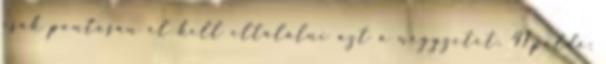
csak pontosan el kell eltalálni azt a négyzetet. 41.példa: